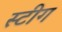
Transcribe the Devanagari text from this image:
स्टीग